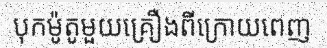
បុកម៉ូតូមួយគ្រឿងពីក្រោយពេញ